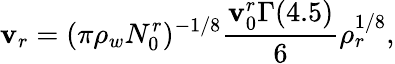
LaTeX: \mathbf{v}_{r}=(\pi\rho_{w}N_{0}^{r})^{-1/8}\frac{{\mathbf{v}_{0}^{r}\Gamma(4.5)}}{{6}}\rho_{r}^{1/8},